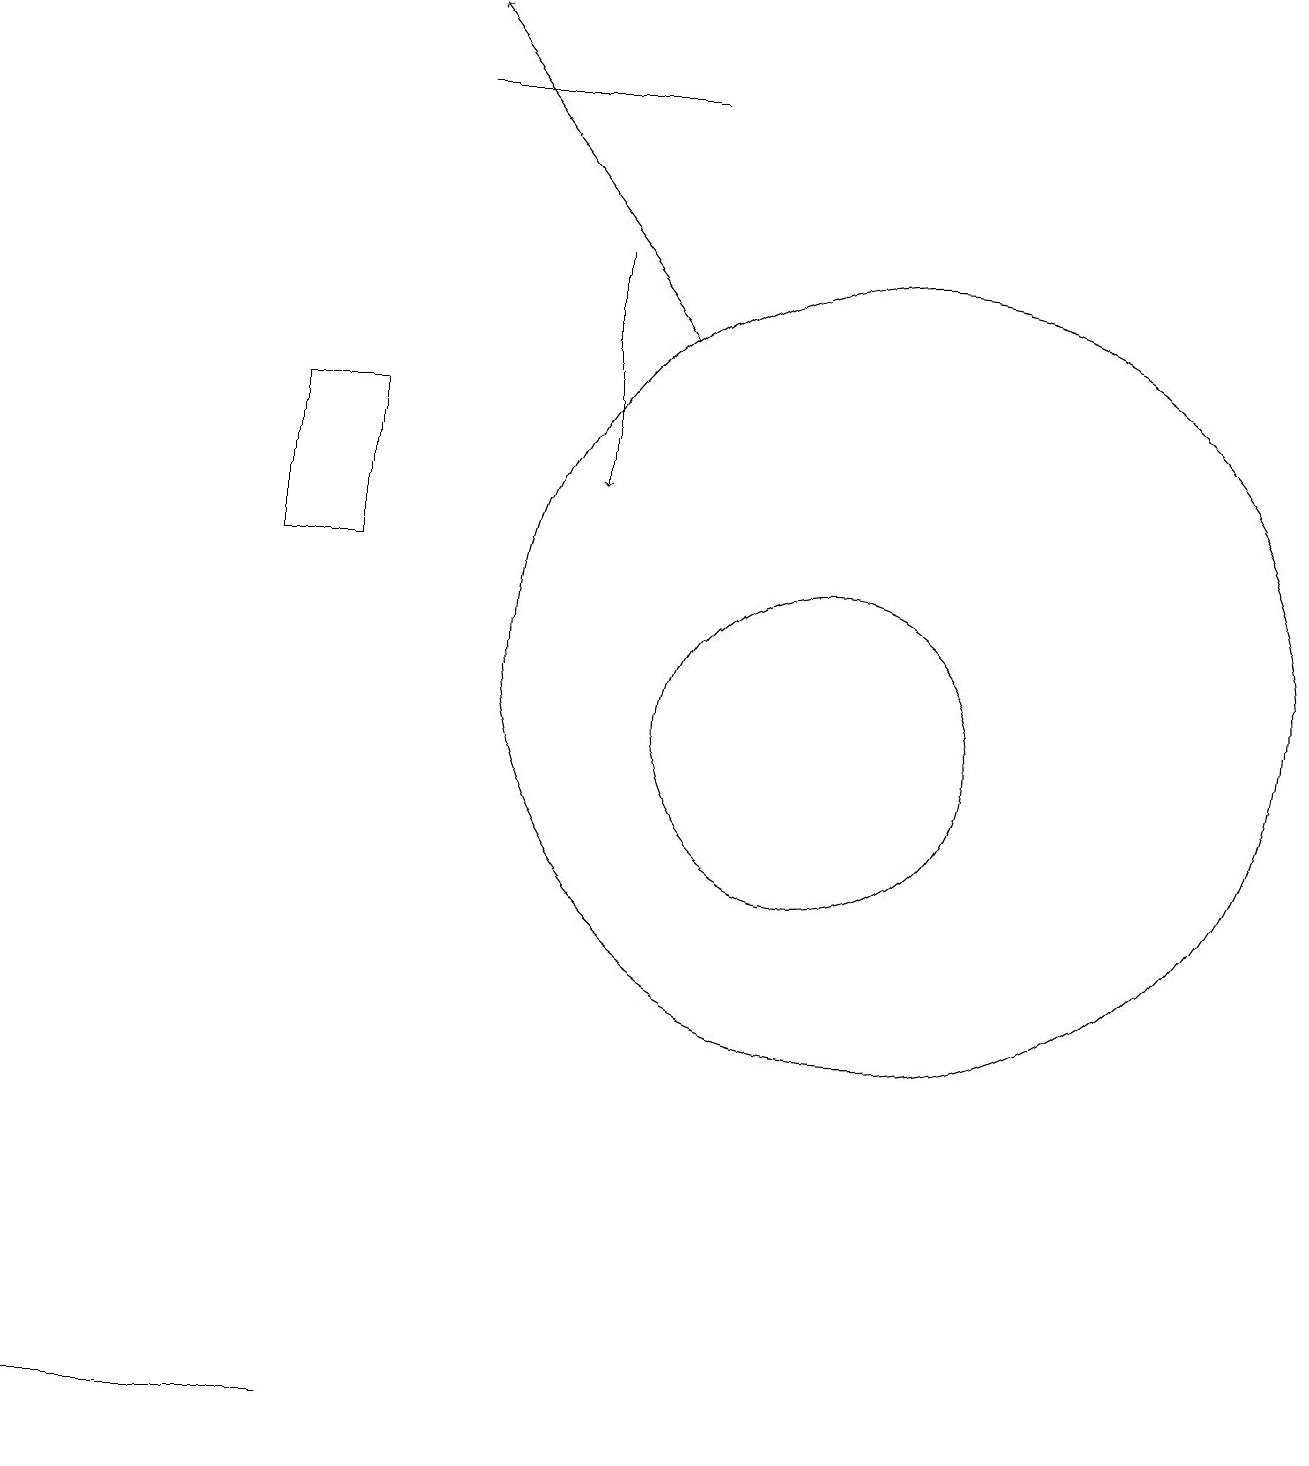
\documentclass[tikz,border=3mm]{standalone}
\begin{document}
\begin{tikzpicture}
\draw (11,11) circle (0);
\draw (11,11) circle (5);
\draw (5,18) rectangle (8,18);
\draw (4,1) -- (1,1) -- (0,1) -- cycle;
\draw (4,14) rectangle (3,12);
\draw[->] (7,16) -- (7,13);
\draw[->] (8,15) -- (5,19);
\draw (10,10) circle (2);
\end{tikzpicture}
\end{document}